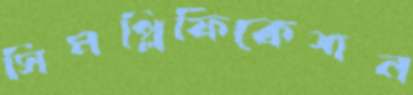
সিমপ্লিফিকেশন